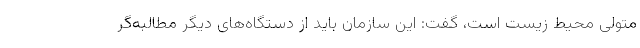
متولی محیط زیست است، گفت: این سازمان باید از دستگاه‌های دیگر مطالبه‌گر